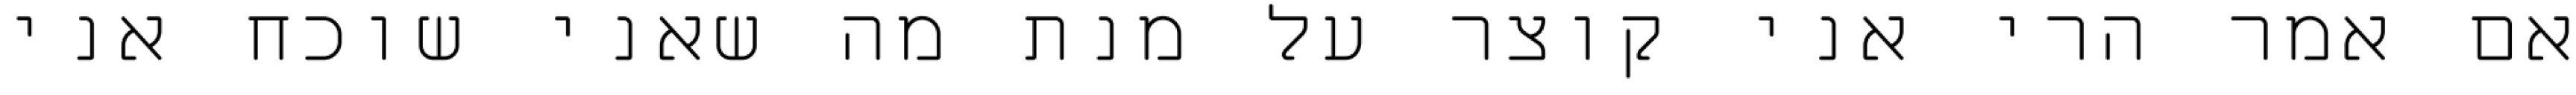
אם אמר הרי אני קוצר על מנת מה שאני שוכח אני